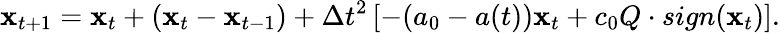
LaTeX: {\mathbf x}_{t+1}={\mathbf x}_{t}+({\mathbf x}_{t}-{\mathbf x}_{t-1})+\Delta t^{2}\left[-(a_{0}-a(t)){\mathbf x}_{t}+c_{0}Q\cdot sign({\mathbf x}_{t})\right].